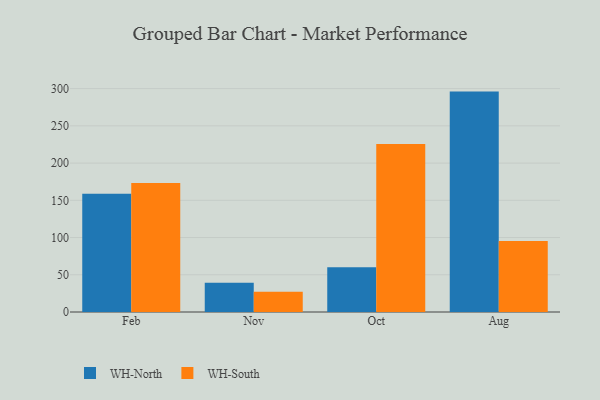
{"axis": {"x": "Month", "y": "Inventory Turnover"}, "legend": ["WH-North", "WH-South"], "data": [{"x": "Feb", "y": 158.9, "type": "WH-North"}, {"x": "Feb", "y": 173.2, "type": "WH-South"}, {"x": "Nov", "y": 39.3, "type": "WH-North"}, {"x": "Nov", "y": 27.1, "type": "WH-South"}, {"x": "Oct", "y": 60.1, "type": "WH-North"}, {"x": "Oct", "y": 225.5, "type": "WH-South"}, {"x": "Aug", "y": 296.0, "type": "WH-North"}, {"x": "Aug", "y": 95.3, "type": "WH-South"}]}